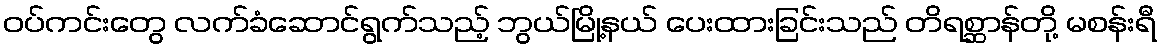
ဝပ်ကင်းတွေ လက်ခံဆောင်ရွက်သည့် ဘွယ်မြို့နယ် ပေးထားခြင်းသည် တိရစ္ဆာန်တို့ မစန်းရီ